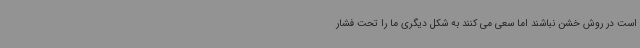
است در روش خشن نباشند اما سعی می کنند به شکل دیگری ما را تحت فشار